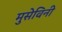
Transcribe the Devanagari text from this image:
मुसेविनी